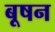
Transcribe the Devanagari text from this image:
बूषन